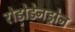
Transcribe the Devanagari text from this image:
रोडोडेनड्रोन